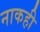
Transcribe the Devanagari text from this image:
नाकही